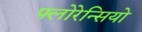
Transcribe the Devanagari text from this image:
फ्लोरेन्सियो